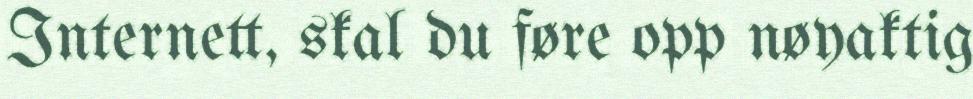
Internett, skal du føre opp nøyaktig